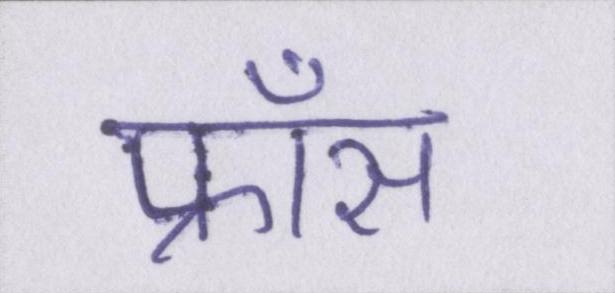
फ्राँस